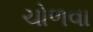
ચોળવા